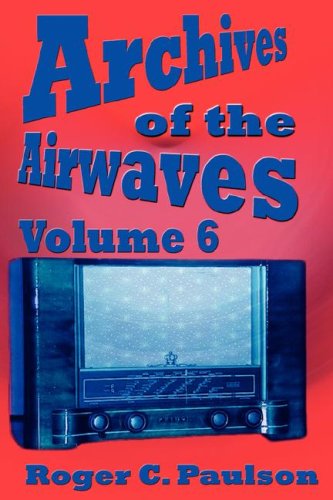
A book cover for Archives of the Airwaves Vol. 6; Roger C. Paulson; Humor & Entertainment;